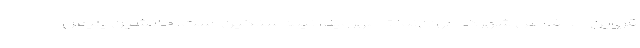
قزوین حد فاصل شهرک جهان‌نما تا مهرویلا، نیمه‌سنگین است. جانشین پلیس